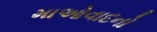
માઓવાદનો